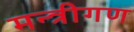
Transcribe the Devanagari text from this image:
मन्त्रीगण